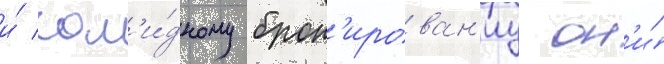
и́ сол'и́дному брон'ирован'иу он'и́